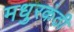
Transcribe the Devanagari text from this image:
मधुरकंठी